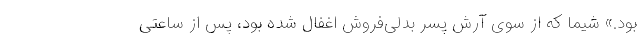
بود.» شیما که از سوی آرش پسر بدلی‌فروش اغفال شده بود، پس از ساعتی